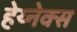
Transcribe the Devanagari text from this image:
हेय्नेक्स